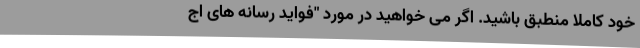
خود کاملاً منطبق باشید. اگر می خواهید در مورد "فواید رسانه های اج